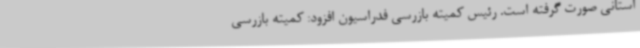
استانی صورت گرفته است. رئیس کمیته بازرسی فدراسیون افزود: کمیته بازرسی